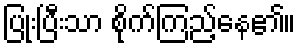
ပြုံးပြီးသာ စိုက်ကြည့်နေ၏။